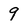
Character: 9